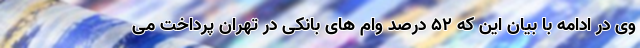
وی در ادامه با بیان این که ۵٢ درصد وام های بانکی در تهران پرداخت می